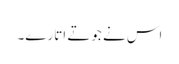
اس نے جوتے اتارے۔